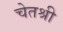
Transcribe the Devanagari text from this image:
चेतश्री